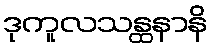
ဒုကူလသန္ထနာနိ